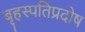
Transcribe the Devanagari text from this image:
बृहस्पतिप्रदोष